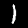
Digit: 1